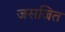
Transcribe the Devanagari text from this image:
जसजित